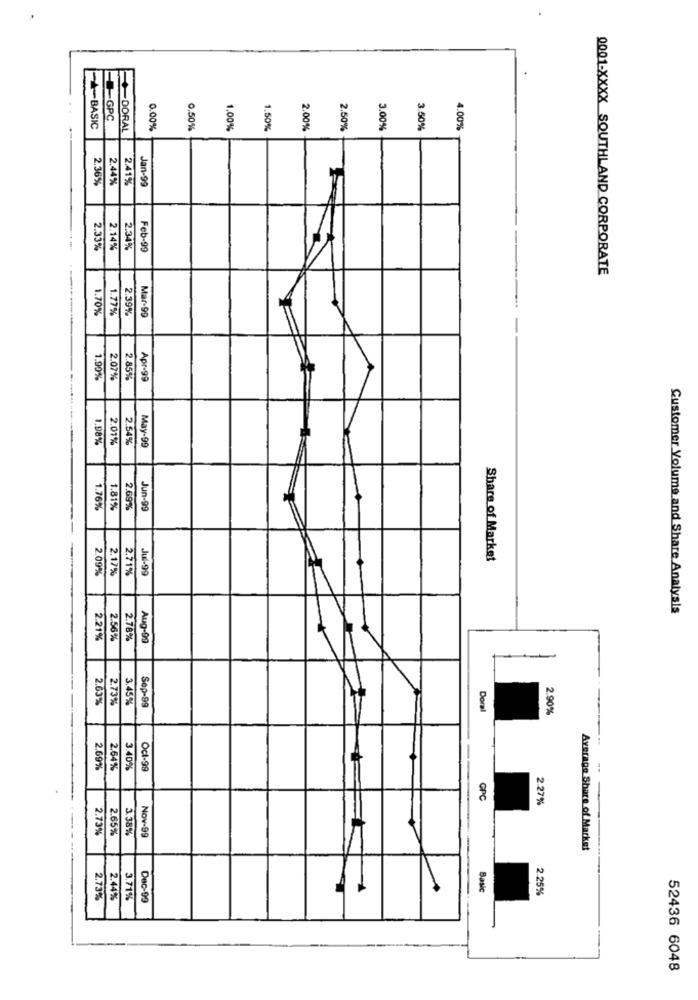
GPC
-- BASIC
+DORAL
0.00%
0.50%
1,00%
1.50%
2.00%
2.50%
3.00%
3.50%
4.00%
2.36%
2.44%
2.41%
Jan-99
2.33%
2.14%
2.34%
Feb-99
0001-XXXX SOUTHLAND CORPORATE
1.70%
1.77%
2.39%
Mar-99
1.90%
2.07%
2.85%
Apr-99
1.98%
2.01%
2.54%
May-99
1.76%
1.81%
2.69%
Jun-99
Share of Market
2.09%
2.17%
2.71%
Jul-99
Customer Volume and Share Analysis
2.21%
2.56%
2.78%
Aug-99
2.63%
2.73%
3.45%
Sop-99
Doral
2.90%
2.69%
2.64%
3.40%
Ocl-99
GPC
2.27%
2.73%
2.65%
3.38%
Nov-99
Average Share of Market
Bask
2.25%
2.73%
2.44%
3.71%
Dec-99
52436 6048